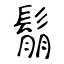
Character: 鬅